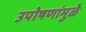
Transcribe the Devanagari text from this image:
उपोषणांमुळे